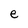
Character: e